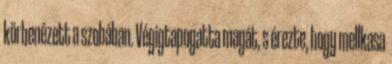
körbenézett a szobában. Végigtapogatta magát, s érezte, hogy mellkasa